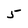
Character: 5